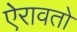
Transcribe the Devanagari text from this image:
ऐरावतो